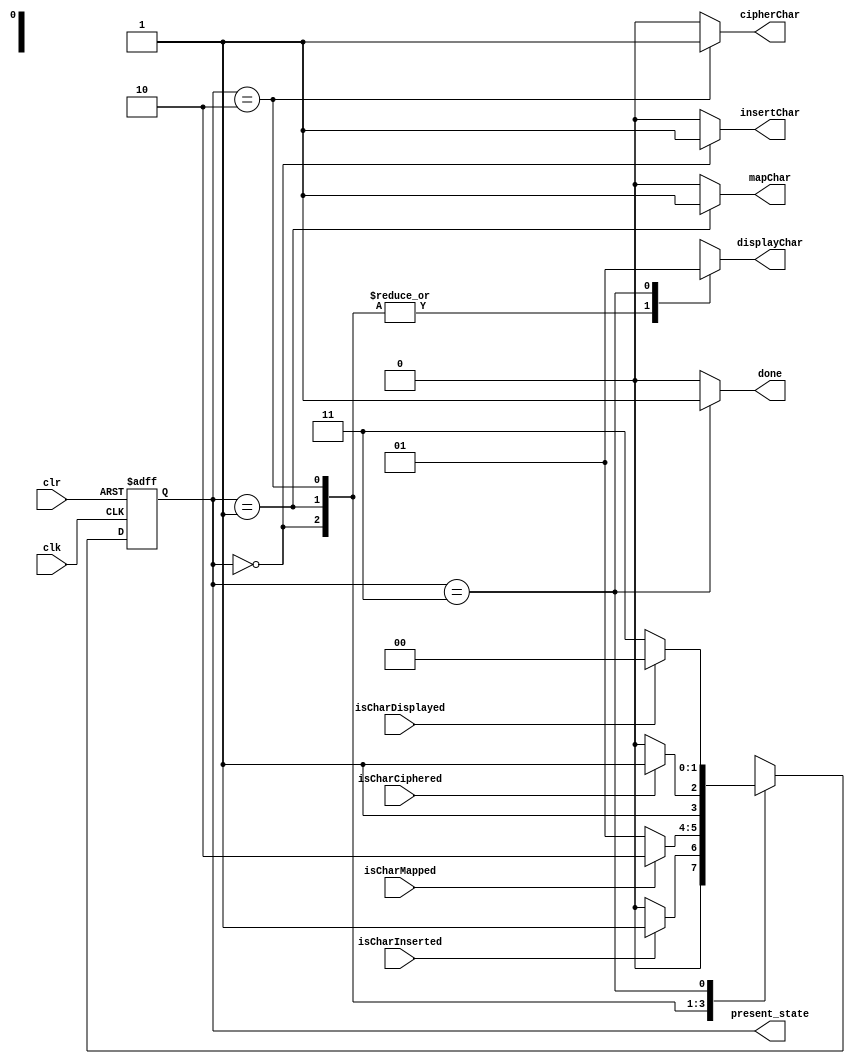
// Example 65c: Square root control
// Copyright 2009, 2012 LBE Books, LLC
module FSM (  
input wire clk ,
input wire clr ,

// status 
input wire isCharInserted ,
input wire isCharMapped ,
input wire isCharCiphered ,
input wire isCharDisplayed ,


// control signals
output reg        insertChar,
output reg        mapChar,
output reg        cipherChar,
output reg        displayChar,

output reg [1:0] present_state,
output reg done
);
//reg [1:0] present_state;
reg [1:0]  next_state;
parameter S0 = 2'b00, S1 =2'b01, S2 = 2'b10,S3 = 2'b11; // states

//initial begin
//        done = 0;
//        insertChar  = 0;
//        mapChar     = 0;
//        cipherChar  = 0;
//        displayChar = 0;
//end        										 
// State registers
always @(posedge clk or posedge clr)
  begin
  	if (clr == 1)
    	present_state <= S0;
  	else 
		present_state <= next_state;
  end 

// C1 module
always @(*)
  begin
     case(present_state)
		2'b00: if(isCharInserted == 0)
			    next_state = S0;
			else 	 
			    next_state = S1;
			    
		2'b01: if(isCharMapped == 0)
			    next_state = S1;
			else 	 
			    next_state = S2;
			    
		2'b10:  if(isCharCiphered == 0)
			    next_state = S2;
			else 	 
			    next_state = S3;
		2'b11:  if(isCharDisplayed == 0)
			    next_state = S3;
			else 	 
			    next_state = S0;
		
	default next_state = S0;
   endcase		  
  end 
 
// C2 module
always @(*)
    begin
    	insertChar  <= 0;
        mapChar     <= 0;
        cipherChar  <= 0;
        displayChar <= 0;
        done <= 0;
        
        case(present_state)
		
		S0:
		begin 
		insertChar  <= 1;
//        mapChar     <= 0;
//        cipherChar  <= 0;
        displayChar <= 0;
        end
			    
		S1: 
		begin 
//		insertChar  <= 0;
        mapChar     <= 1;
//        cipherChar  <= 0;
        displayChar <= 0;
        end
		
			    
		S2:  
		begin 
//		insertChar  <= 0;
//        mapChar     <= 0;
        cipherChar  <= 1;
        displayChar <= 0;
        end
        
		S3: 
		begin 
//		insertChar  <= 0;
//      mapChar     <= 0;
//      cipherChar  <= 0;
        displayChar <= 1;
        done        <= 1;
        end 
		
	default done <= 0;
	endcase
  end
  
endmodule